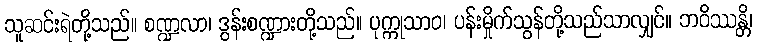
သူဆင်းရဲတို့သည်။ စဏ္ဍလာ၊ ဒွန်းစဏ္ဍားတို့သည်။ ပုက္ကုသာဝ၊ ပန်းမှိုက်သွန်တို့သည်သာလျှင်။ ဘဝိဿန္တိ၊